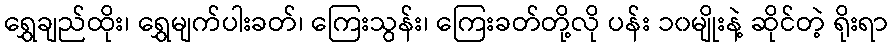
ရွှေချည်ထိုး၊ ရွှေမျက်ပါးခတ်၊ ကြေးသွန်း၊ ကြေးခတ်တို့လို ပန်း ၁၀မျိုးနဲ့ ဆိုင်တဲ့ ရိုးရာ